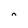
Character: n